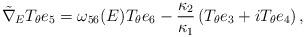
LaTeX: \begin{align*}\tilde{\nabla}_ET_{\theta}e_5=\omega_{56}(E)T_{\theta}e_6-\frac{\kappa_2}{\kappa_1}\left(T_{\theta}e_3+iT_{\theta}e_4\right),\end{align*}